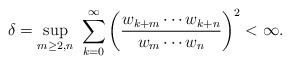
LaTeX: \begin{align*} \delta= \underset{m\geq2,n}{\sup}~\sum_{k=0}^{\infty}\bigg(\frac{w_{k+m}\cdots w_{k+n}}{w_{m}\cdots w_{n}}\bigg)^{2}<\infty.\end{align*}